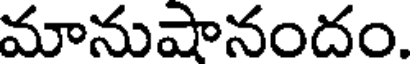
మానుషానందం.